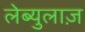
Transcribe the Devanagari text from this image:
लेब्युलाज़